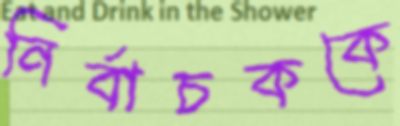
নির্বাচককে